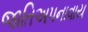
જાતિઅપનાવાય